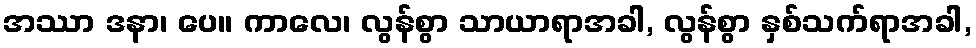
အဿာ ဒနာ၊ ပေ။ ကာလေ၊ လွန်စွာ သာယာရာအခါ, လွန်စွာ နှစ်သက်ရာအခါ,